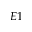
E 1